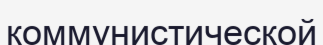
коммунистической